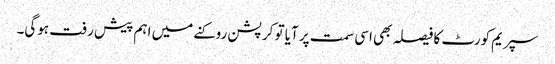
سپریم کورٹ کا فیصلہ بھی اسی سمت پر آیا تو کرپشن روکنے میں اہم پیش رفت ہوگی۔